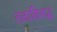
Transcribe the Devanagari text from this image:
तळांविरुद्ध